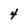
Character: 4